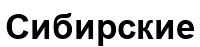
Сибирские